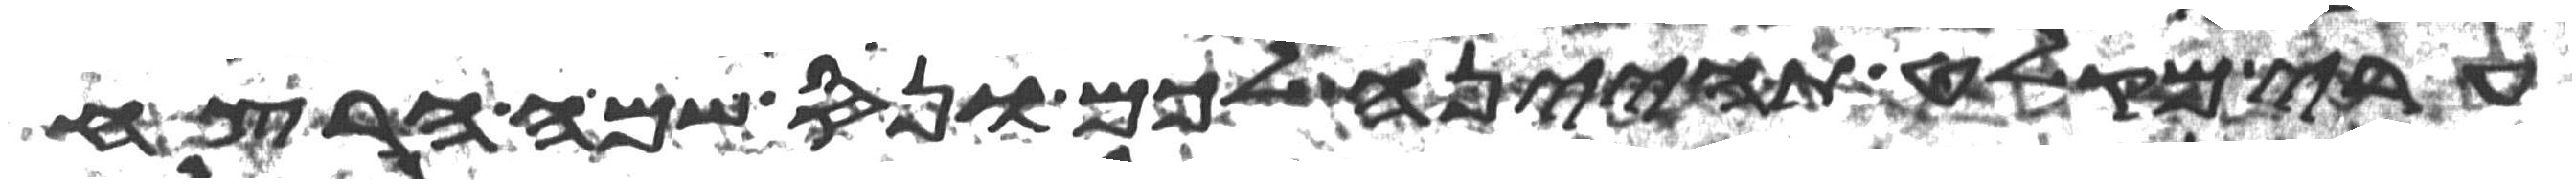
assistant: ערי מקלט תהיינה לכם ונס שמה הרצח